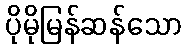
ပိုမိုမြန်ဆန်သော